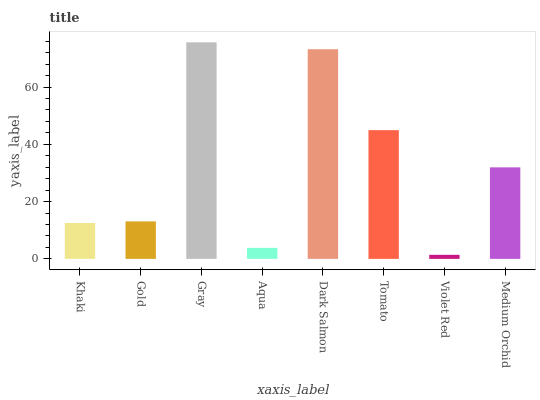
| xaxis_label | bars |
 | --- | --- |
 | Khaki | 12.5 |
 | Gold | 13.1 |
 | Gray | 75.6 |
 | Aqua | 3.85 |
 | Dark Salmon | 73.2 |
 | Tomato | 45 |
 | Violet Red | 1.42 |
 | Medium Orchid | 32 |